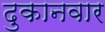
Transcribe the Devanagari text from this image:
दुकानवार